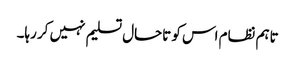
تاہم نظام اس کو تاحال تسلیم نہیں کر رہا۔